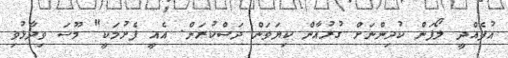
އުފެއްދީ ލޯފަން ކުދިންނަށް ގުރުއާން ކިޔަވަން ދަސްކުރަން. އެއީ ފެށުމަކީ" މޫސަ ވިދާޅުވި